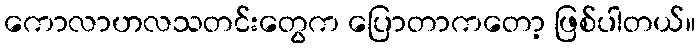
ကောလာဟလသတင်းတွေက ပြောတာကတော့ ဖြစ်ပါတယ်။